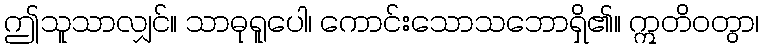
ဤသူသာလျှင်။ သာဓုရူပေါ၊ ကောင်းသောသဘောရှိ၏။ ဣတိဝတွာ၊